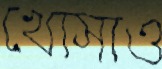
খোসাও